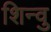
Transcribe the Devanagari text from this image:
शिन्वु